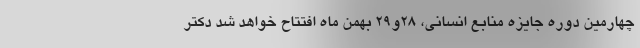
چهارمین دوره جایزه منابع انسانی، 28و29 بهمن ماه افتتاح خواهد شد دکتر